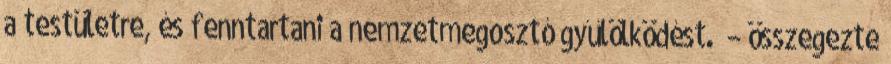
a testületre, és fenntartani a nemzetmegosztó gyűlölködést.” – összegezte